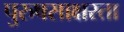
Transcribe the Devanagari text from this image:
पुरुषसाक्षरता